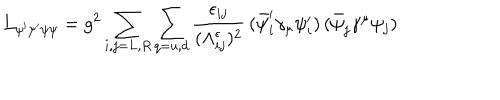
LaTeX: L _ { \psi ^ { \prime } \psi ^ { \prime } \psi \psi } = g ^ { 2 } \sum _ { i , j = L , R } \sum _ { q = u , d } \frac { \epsilon _ { i j } } { ( \Lambda _ { i j } ^ { \epsilon } ) ^ { 2 } } \, ( \bar { \psi } _ { i } ^ { \prime } \gamma _ { \mu } \psi _ { i } ^ { \prime } ) \, ( \bar { \psi } _ { j } \gamma ^ { \mu } \psi _ { j } )